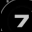
Digit: 7